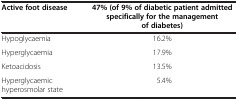
| Active foot disease | 47% (of 9% of diabetic patient admitted specifically for the management of diabetes) |
 | --- | --- |
 | Hypoglycaemia | 16.2% |
 | Hyperglycaemia | 17.9% |
 | Ketoacidosis | 13.5% |
 | Hyperglycaemic hyperosmolar state | 5.4% |